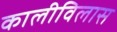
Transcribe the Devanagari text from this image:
कालीविलास